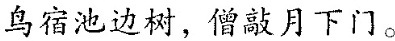
鸟宿池边树，僧敲月下门。